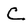
Character: C